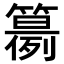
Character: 𥵘